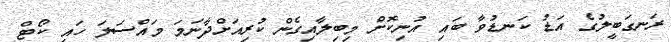
ރަނގަބީލުގެ އަޑު ކަނޑުވާ ބައި އުނިކޮށް މިބިލާއިގެން ކުރިއަށްދާނަމަ މައްސަލަ ހައި ކޯޓް